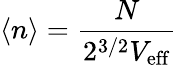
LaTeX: \left<n\right>=\frac{N}{2^{3/2}V_{\mathrm{eff}}}